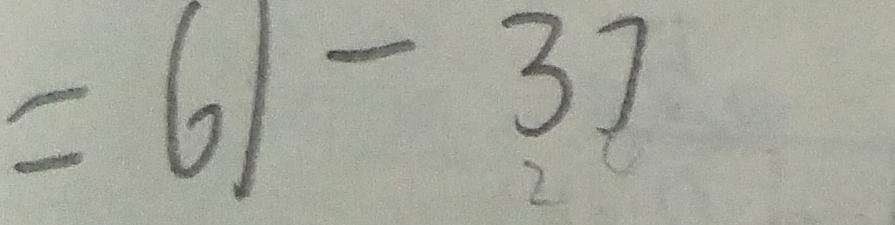
= 6 1 - 3 7